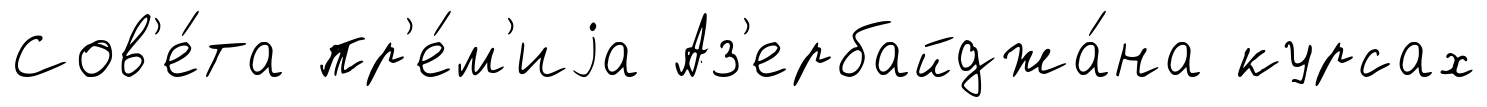
Сов'е́та пр'е́м'иjа Аз'ербайджа́на курсах